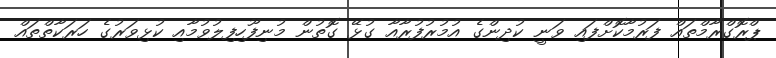
ޕްރޮގްރާމްތައް ފަރުމާކޮށްފައި ވަނީ ކުދިންގެ އުމުރުފުރާއާ ގުޅޭ ގޮތުން މުނިފޫހިފިލުވުމާއި ކުޅިވަރުގެ ހަރަކާތްތައް